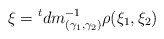
\begin{align*} \xi = {}^tdm_{(\gamma_1,\gamma_2)}^{-1}\rho(\xi_1,\xi_2)\end{align*}